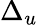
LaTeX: \Delta_{u}